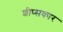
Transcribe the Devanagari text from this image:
शीप्सकार